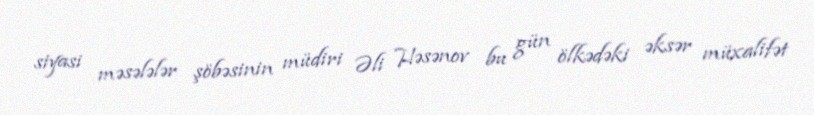
siyasi məsələlər şöbəsinin müdiri Əli Həsənov bu gün ölkədəki əksər müxalifət